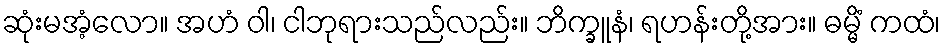
ဆုံးမအံ့လော။ အဟံ ဝါ၊ ငါဘုရားသည်လည်း။ ဘိက္ခူနံ၊ ရဟန်းတို့အား။ ဓမ္မိံ ကထံ၊